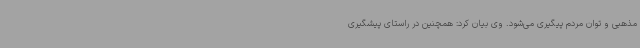
مذهبی و توان مردم پیگیری می‌شود. وی بیان کرد: همچنین در راستای پیشگیری